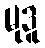
မုဒူ